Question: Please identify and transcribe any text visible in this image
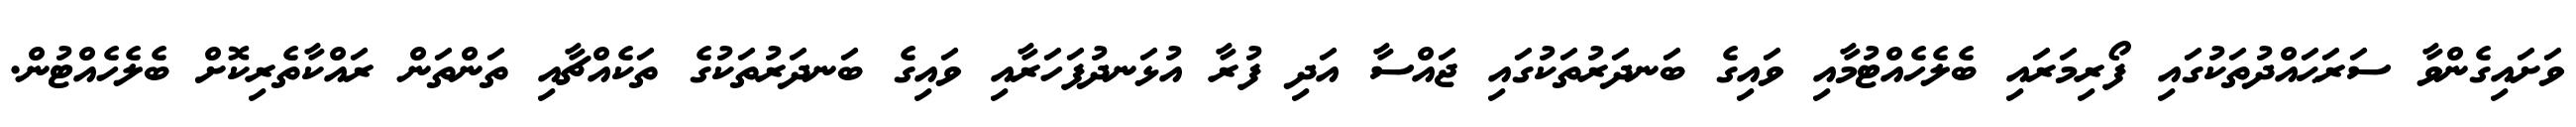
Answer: ވަށައިގެންވާ ސަރަޙައްދުތަކުގައި ފޯރިމަރައި ބެލެހެއްޓުމާއި ވައިގެ ބަނދަރުތަކުގައި ޖައްސާ އަދި ފުރާ އުޅަނދުފަހަރާއި ވައިގެ ބަނދަރުތަކުގެ ތަކެއްޗާއި ތަންތަން ރައްކާތެރިކޮށް ބެލެހެއްޓުން.